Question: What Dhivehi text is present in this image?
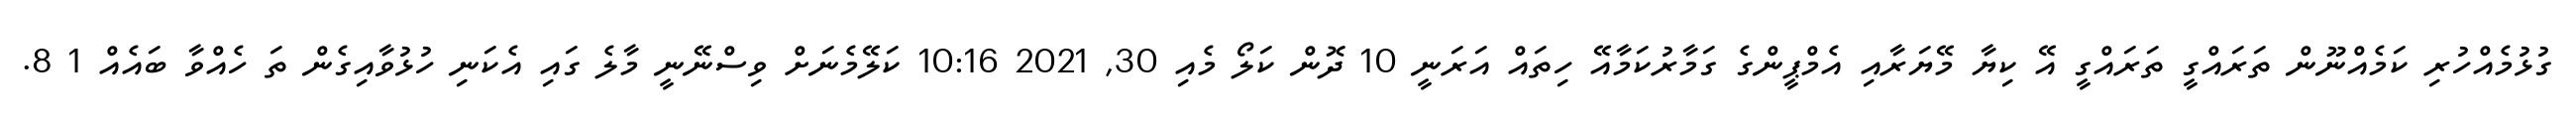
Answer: ގުޅުމެއްހުރި ކަމެއްނޫން ތަރައްގީ ތަރައްގީ އޭ ކިޔާ މޭޔަރާއި އެމްޕީންގެ ގަމާރުކަމާއޭ ހިތައް އަރަނީ 10 ދޮން ކަލޯ މެއި 30, 2021 10:16 ކަލޭމެނަށް ވިސްނޭނީ މާލެ ގައި އެކަނި ހުޅުވާއިގެން ތަ ހެއްވާ ބައެއް 1 8.